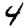
Digit: 4